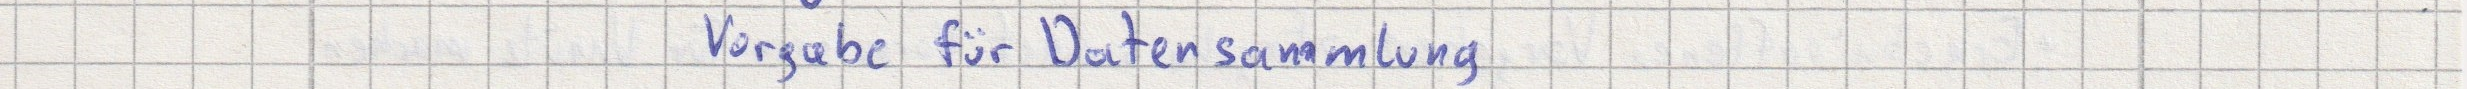
Vorgabe für Datensammlung